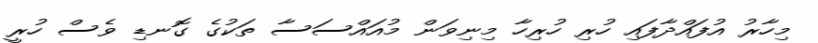
މިހާރު އުފައްދާފައި ހުރި ހުރިހާ މިނިވަން މުއައްސަސާ ތަކުގެ ގޮނޑި ވެސް ހުރީ